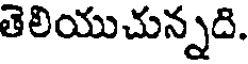
తెలియుచున్నది.